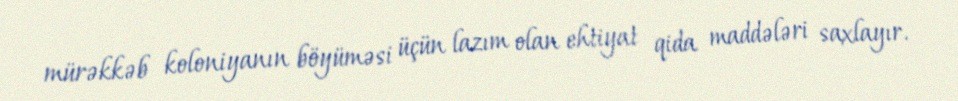
mürəkkəb koloniyanın böyüməsi üçün lazım olan ehtiyat qida maddələri saxlayır.